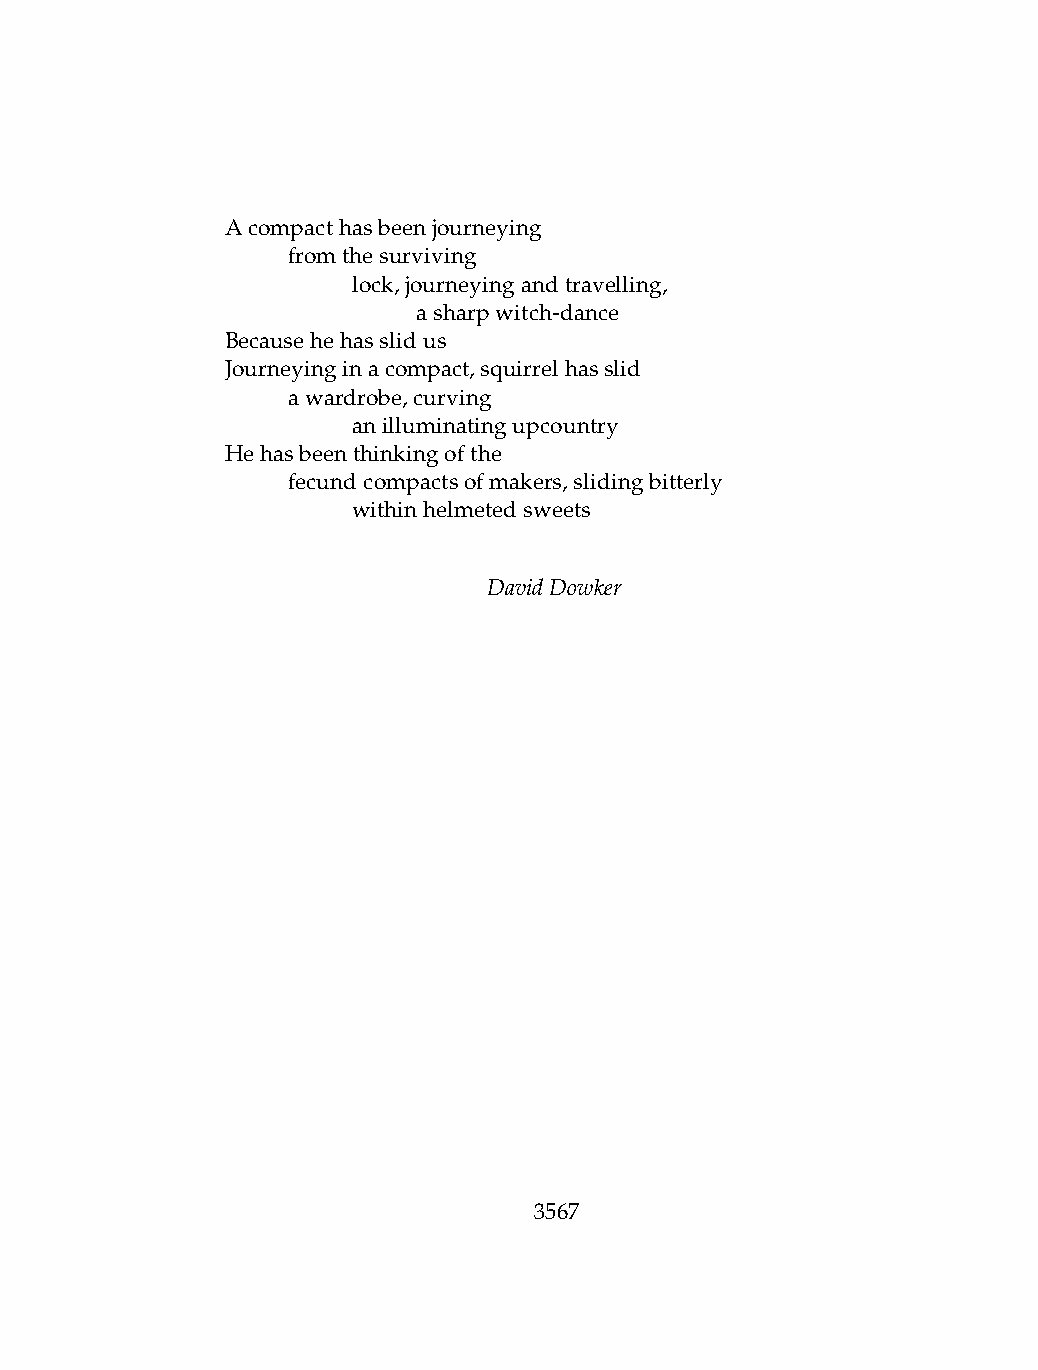
Acompacthasbeenjourneying
 .   fromthesurviving
 .   .   lock,journeyingandtravelling,
 .   .   .    asharpwitch-dance
 Becausehehasslidus
 Journeyinginacompact,squirrelhasslid
 .   awardrobe,curving
 .   .   anilluminatingupcountry
 Hehasbeenthinkingofthe
 .   fecundcompactsofmakers,slidingbitterly
 .   .   withinhelmetedsweets
 DavidDowker
 3567